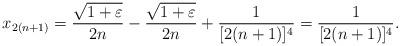
LaTeX: \begin{align*}x_{2(n+1)}=\frac {\sqrt{1+\varepsilon}}{2n}-\frac {\sqrt{1+\varepsilon}}{2n}+\frac 1{[2(n+1)]^4}= \frac 1{[2(n+1)]^4}.\end{align*}